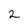
Character: 2